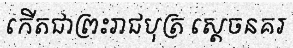
កើតជាព្រះរាជបុត្រ ស្តេចនគរ